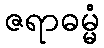
ဇရာဓမ္မံ